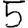
Digit: 5